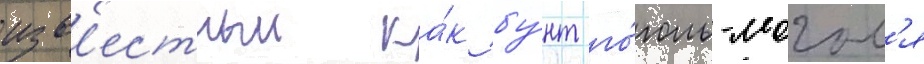
изв'естныи ка́к бу́нт го́голь-могол'я